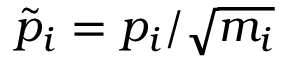
\tilde { p } _ { i } = p _ { i } / \sqrt { m _ { i } }